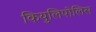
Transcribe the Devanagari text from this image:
कियुलिपोलिस